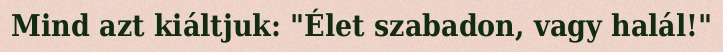
Mind azt kiáltjuk: "Élet szabadon, vagy halál!"